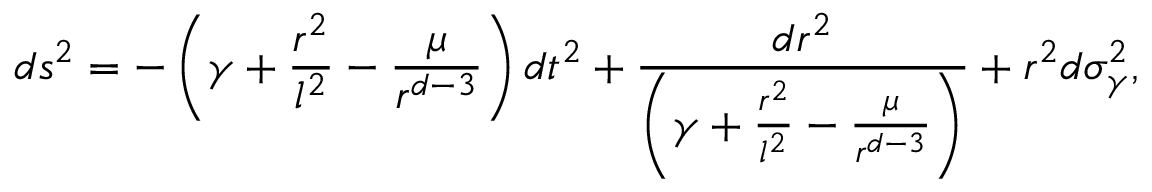
d s ^ { 2 } = - \left( \gamma + \frac { r ^ { 2 } } { l ^ { 2 } } - \frac { \mu } { r ^ { d - 3 } } \right) d t ^ { 2 } + \frac { d r ^ { 2 } } { \left( \gamma + \frac { r ^ { 2 } } { l ^ { 2 } } - \frac { \mu } { r ^ { d - 3 } } \right) } + r ^ { 2 } d \sigma _ { \gamma } ^ { 2 } ,